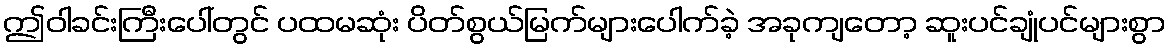
ဤဝါခင်းကြီးပေါ်တွင် ပထမဆုံး ပိတ်စွယ်မြက်များပေါက်ခဲ့ အခုကျတော့ ဆူးပင်ချုံပင်များစွာ